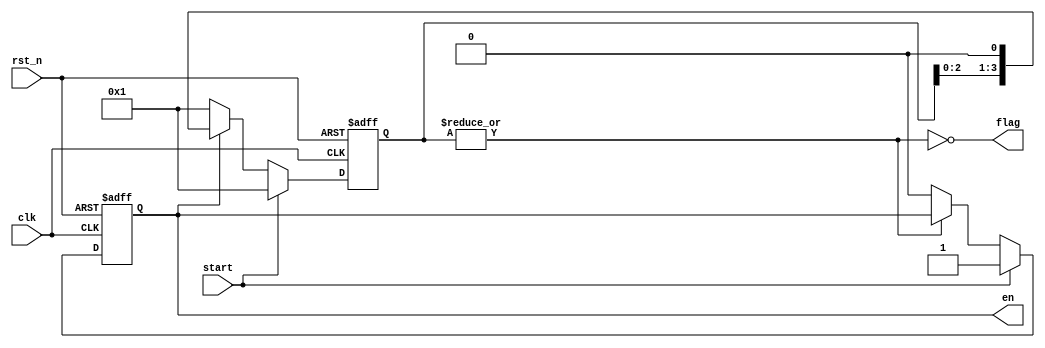
`timescale 1ns / 1ps
//////////////////////////////////////////////////////////////////////////////////
// Company: 
// Engineer: 
// 
// Design Name: 
// Module Name: control
// Project Name: 
// Target Devices: 
// Tool Versions: 
// Description: 
// 
// Dependencies: 
// 
// Revision:
// Revision 0.01 - File Created
// Additional Comments:
// 
//////////////////////////////////////////////////////////////////////////////////


module control(clk,rst_n,start,en,flag);
parameter N  = 4;
input clk,rst_n,start;
output en,flag;

reg NS,PS;
reg [N-1:0] i;

always@(posedge clk or negedge rst_n)
begin
    if(!rst_n)
        PS<=1'b0;
    else 
        PS<=NS;
end

always@(start or flag)
begin
    if(start)
        NS=1'b1;
    else if(flag)
        NS=1'b0;
    else
        NS=PS;
end
 
always@(posedge clk or negedge rst_n)
begin
    if(!rst_n)
        i<=1;
    else if(start)
        i<=1;
    else if(en)
        i<=(i<<1);
    else
        i<=1;
end

assign en=PS;
assign flag=!(|i);
    
endmodule